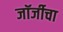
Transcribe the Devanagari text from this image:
जॉर्जीचा